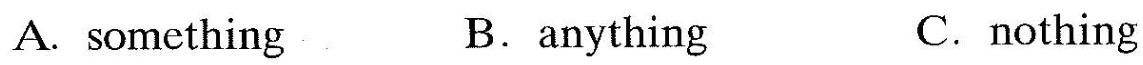
A. something B.anything C.nothing